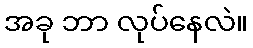
အခု ဘာ လုပ်နေလဲ။